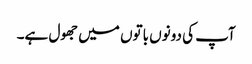
آپ کی دونوں باتوں میں جھول ہے۔